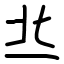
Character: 丠